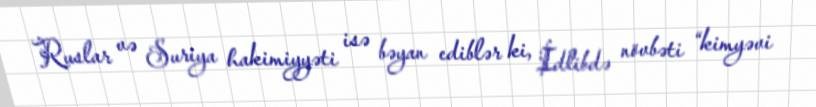
Ruslar və Suriya hakimiyyəti isə bəyan ediblər ki, İdlibdə növbəti “kimyəvi